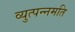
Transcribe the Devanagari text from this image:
व्युत्पन्नमति